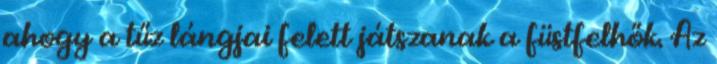
ahogy a tűz lángjai felett játszanak a füstfelhők. Az